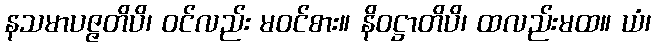
နသမာပဇ္ဇတိပိ၊ ဝင်လည်း မဝင်စား။ နိဝဋ္ဌာတိပိ၊ ထလည်းမထ။ ယံ၊